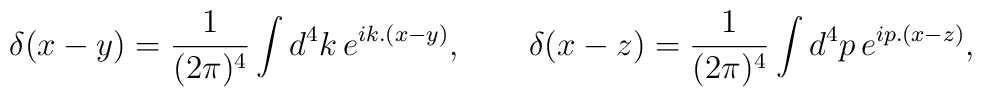
\delta(x-y) = {1\over{(2\pi)^4}}\int d^4k\,e^{ik.(x-y)}, \qquad\delta(x-z) = {1\over{(2\pi)^4}}\int d^4p\,e^{ip.(x-z)},